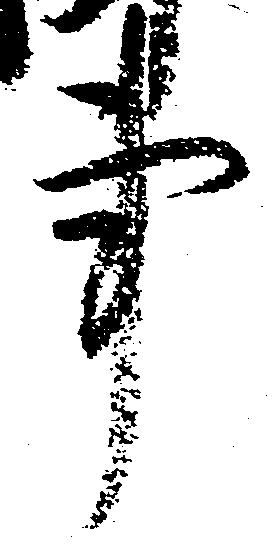
事